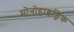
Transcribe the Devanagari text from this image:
मोनोहाइड्रिक